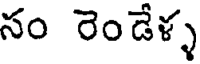
సం రెండేళ్ళ